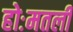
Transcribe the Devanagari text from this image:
होःमतली